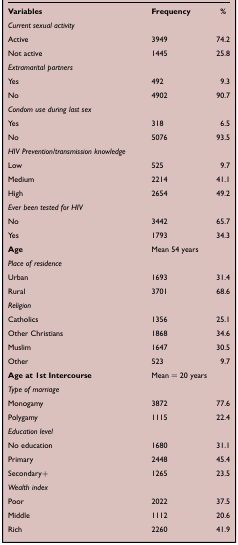
<table><thead><tr><td><b>Variables</b></td><td><b>Frequency</b></td><td><b>%</b></td></tr></thead><tbody><tr><td><i>Current sexual activity</i></td><td> </td><td> </td></tr><tr><td>Active</td><td>3949</td><td>74.2</td></tr><tr><td>Not active</td><td>1445</td><td>25.8</td></tr><tr><td><i>Extramarital partners</i></td><td> </td><td> </td></tr><tr><td>Yes</td><td>492</td><td>9.3</td></tr><tr><td>No</td><td>4902</td><td>90.7</td></tr><tr><td><i>Condom use during last sex</i></td><td> </td><td> </td></tr><tr><td>Yes</td><td>318</td><td>6.5</td></tr><tr><td>No</td><td>5076</td><td>93.5</td></tr><tr><td><i>HIV Prevention/transmission knowledge</i></td><td> </td><td> </td></tr><tr><td>Low</td><td>525</td><td>9.7</td></tr><tr><td>Medium</td><td>2214</td><td>41.1</td></tr><tr><td>High</td><td>2654</td><td>49.2</td></tr><tr><td><i>Ever been tested for HIV</i></td><td> </td><td> </td></tr><tr><td>No</td><td>3442</td><td>65.7</td></tr><tr><td>Yes</td><td>1793</td><td>34.3</td></tr><tr><td><b>Age</b></td><td colspan="2">Mean 54 years</td></tr><tr><td><i>Place of residence</i></td><td> </td><td> </td></tr><tr><td>Urban</td><td>1693</td><td>31.4</td></tr><tr><td>Rural</td><td>3701</td><td>68.6</td></tr><tr><td><i>Religion</i></td><td> </td><td> </td></tr><tr><td>Catholics</td><td>1356</td><td>25.1</td></tr><tr><td>Other Christians</td><td>1868</td><td>34.6</td></tr><tr><td>Muslim</td><td>1647</td><td>30.5</td></tr><tr><td>Other</td><td>523</td><td>9.7</td></tr><tr><td><b>Age at 1st Intercourse</b></td><td colspan="2">Mean = 20 years</td></tr><tr><td><i>Type of marriage</i></td><td> </td><td> </td></tr><tr><td>Monogamy</td><td>3872</td><td>77.6</td></tr><tr><td>Polygamy</td><td>1115</td><td>22.4</td></tr><tr><td><i>Education level</i></td><td> </td><td> </td></tr><tr><td>No education</td><td>1680</td><td>31.1</td></tr><tr><td>Primary</td><td>2448</td><td>45.4</td></tr><tr><td>Secondary+</td><td>1265</td><td>23.5</td></tr><tr><td><i>Wealth index</i></td><td> </td><td> </td></tr><tr><td>Poor</td><td>2022</td><td>37.5</td></tr><tr><td>Middle</td><td>1112</td><td>20.6</td></tr><tr><td>Rich</td><td>2260</td><td>41.9</td></tr></tbody></table>